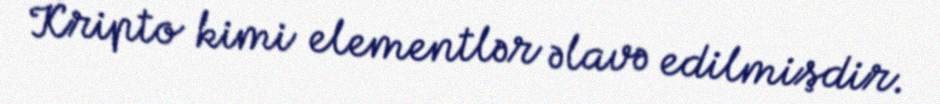
Kripto kimi elementlər əlavə edilmişdir.